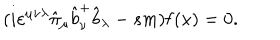
LaTeX: ( i \varepsilon ^ { \mu \nu \lambda } \hat { \pi } _ { \mu } \hat { b } _ { \nu } ^ { + } \hat { b } _ { \lambda } - s m ) { \bf f } ( x ) = 0 .